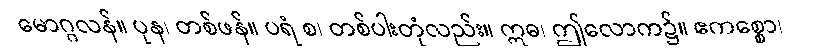
မောဂ္ဂလန်။ ပုန၊ တစ်ဖန်။ ပရံ စ၊ တစ်ပါးတုံလည်း။ ဣဓ၊ ဤလောက၌။ ဧကစ္စော၊